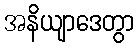
အနိယျာဒေတွာ